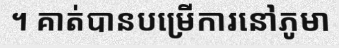
។ គាត់បានបម្រើការនៅភូមា